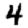
Digit: 4